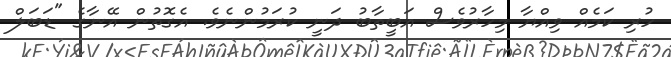
ހުރި ކަމެއް ވިއްޔާ މިހާރުވެސް އަބީތާބު ދަނީ ކުރަމުންނެވެ. އެގޮތުން އޭނާގެ "ޑަބަލް